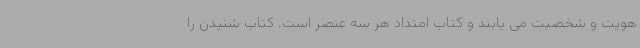
هویت و شخصیت می یابند و کتاب امتداد هر سه عنصر است. کتاب شنیدن را